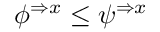
\phi ^ { \Rightarrow x } \leq \psi ^ { \Rightarrow x }